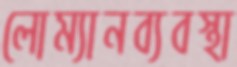
লোম্যানব্যবস্থা